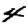
Digit: 4